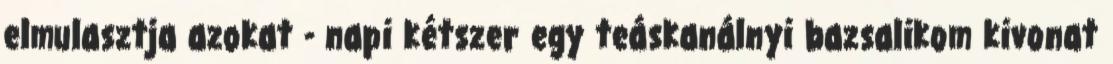
elmulasztja azokat - napi kétszer egy teáskanálnyi bazsalikom kivonat